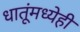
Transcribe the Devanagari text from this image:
धातूंमध्येही